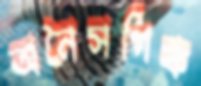
অনৈসর্গিক